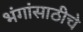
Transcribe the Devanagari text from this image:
भंगांसाठीचे